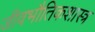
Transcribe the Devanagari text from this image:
जीवभौतिकशास्त्र